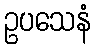
ဥပသေနံ